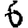
Digit: 6